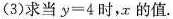
(3)求当$$y = 4$$时，x的值.